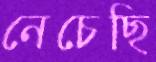
নেচেছি